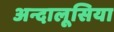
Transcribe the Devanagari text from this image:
अन्दालूसिया